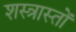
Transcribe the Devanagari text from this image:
शस्त्रास्तों